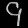
Digit: ၄